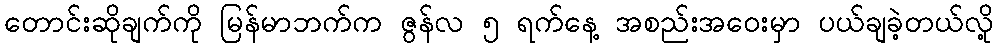
တောင်းဆိုချက်ကို မြန်မာဘက်က ဇွန်လ ၅ ရက်နေ့ အစည်းအဝေးမှာ ပယ်ချခဲ့တယ်လို့